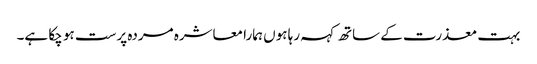
بہت معذرت کے ساتھ کہہ رہا ہوں ہمارا معاشرہ مردہ پرست ہو چکا ہے۔